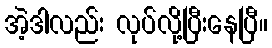
အဲ့ဒါလည်း လုပ်လို့ပြီးနေပြီ။